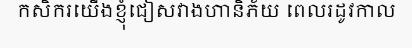
កសិករយើងខ្ញុំជៀសវាងហានិភ័យ ពេលរដូវកាល